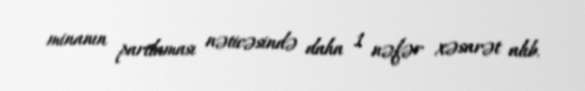
minanın partlaması nəticəsində daha 1 nəfər xəsarət alıb.